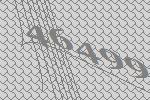
46499